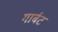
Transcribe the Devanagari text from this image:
गार्बट